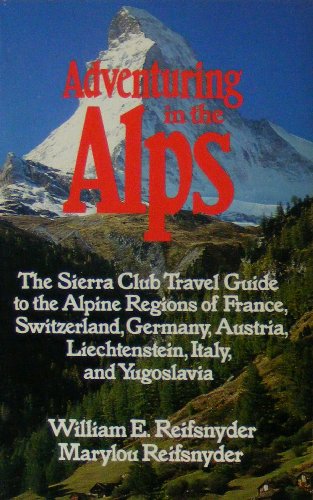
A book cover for ADVENTURING IN THE ALPS (The Sierra Club adventure travel guides); William Reifsnyder; Travel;